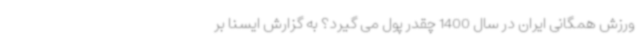
ورزش همگانی ایران در سال 1400 چقدر پول می گیرد؟ به گزارش ایسنا بر